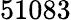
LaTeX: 51083